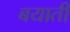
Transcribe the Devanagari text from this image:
बयाती